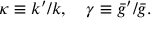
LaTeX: \kappa \equiv k ^ { \prime } / k , \quad \gamma \equiv \bar { g } ^ { \prime } / \bar { g } .